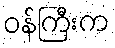
ဝန်ကြီးက